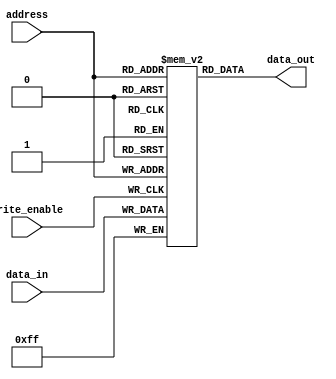
module anti_fuse_ROM (
    input wire [7:0] address,
    input wire write_enable,
    input wire [7:0] data_in,
    output wire [7:0] data_out
);

    reg [7:0] memory [0:255]; // Array of memory cells
    
    // Address decoding logic
    reg [7:0] row_address;
    reg [7:0] column_address;
    
    always @* begin
        row_address = address[7:4];
        column_address = address[3:0];
    end

    // Read operation
    assign data_out = memory[address];
    
    // Write operation
    always @(posedge write_enable) begin
        memory[address] <= data_in;
    end

endmodule